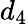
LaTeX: d_{4}